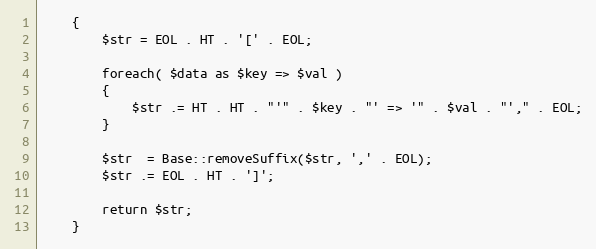
Language: PHP
    {
        $str = EOL . HT . '[' . EOL;

        foreach( $data as $key => $val )
        {
            $str .= HT . HT . "'" . $key . "' => '" . $val . "'," . EOL;
        }

        $str  = Base::removeSuffix($str, ',' . EOL);
        $str .= EOL . HT . ']';

        return $str;
    }